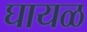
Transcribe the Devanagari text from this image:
घायळ